Medical and sanitary report of the native army of Bengal for the year
Year: 1875
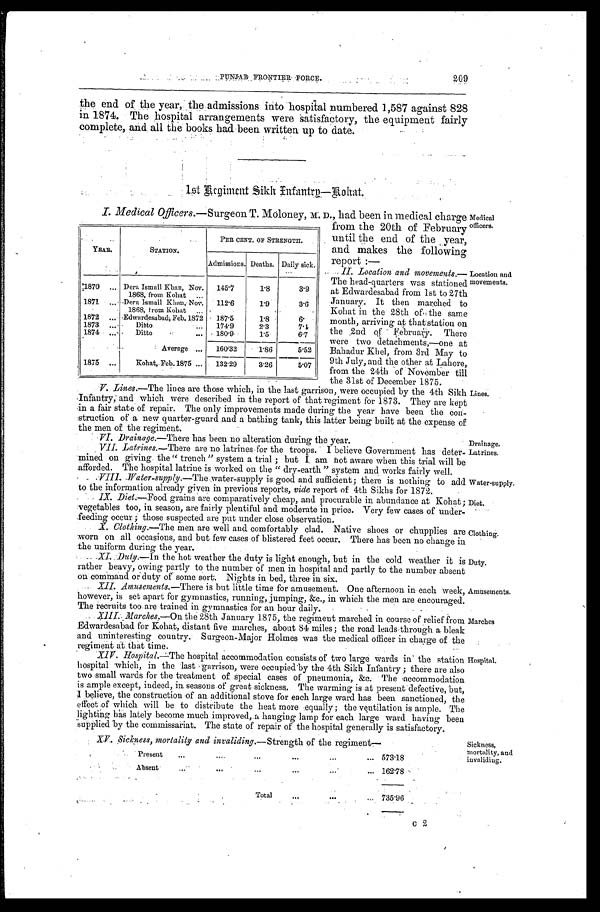
II. Location and movements.—
The head-quarters was stationed
at Edwardesabad from 1st to 27th
January. It then marched to
Kohat in the 28th of the same
month, arriving at that station on
the 2nd of February. There
were two detachments,—one at
Bahadur Khel, from 3rd May to
9th July, and the other at Lahore,
from the 24th of November till
t h e 3 1 s t o f D e c e m b e r 1 8 7 5 .
Location and
movements.
Drainage.
Latrines.
Water-supply.
Diet.
Clothing.
Duty.
Amusements.
PUNJAB FRONTIER FORCE. 209
the end of the year, the admissions into hospital numbered 1,587 against 828
in 1874. The hospital arrangements were satisfactory, the equipment fairly
complete, and all the books had been written up to date.
1st Regiment Sikh Infantry—Rohat.
I. Medical Officers.—Surgeon T. Moloney, M. D., had been in medical charge
from the 20th of February
until the end of the year,
and makes the following
report:—
Medical
officers.
YEAR.
STATION.
PER CENT. OF STRENGTH.
Admissions. Deaths. Daily sick.
1870
Dera Ismail Khan, Nov.
1868, from Kohat ... ...
145·7
1·8
3·9
1871
Dera Ismail Khan, Nov.
1868, from Kohat ...
112·6
1·9
3·6
1872
Edwardesabad, Feb. 1872 187·5
1·8
6·
1873
Ditto
174·9
2·3
7·4
1874
Ditto
180·9
1·5
6·7
Average
160·32
1·86
5·52
1875
Kohat, Feb.1875
132·29
3·26
5·07
V. Lines.—The lines are those which, in the last garrison, were occupied by the 4th Sikh
Infantry; and which were described in the report of that regiment for 1873. They are kept
in a fair state of repair. The only improvements made during the year have been the con-
-struction of a new quarter-guard and a bathing tank, this latter being built at the expense of the men of the regiment.
VI .Drainage.—There has been no alteration during the year.
VII. Latrines .—There are no latrines for the troops. I believe Government has deter
-mined on giving the "trench" system a trial; but I am not aware when this trial will be
afforded. The hospital latrine is worked on the "dry-earth" system and works fairly well.
VIII. W
ater-supply.—The water-supply is good and sufficient; there is nothing to add
to the information already given in previous reports, vide report of 4th Sikhs for 1872.
IX. Diet.—.Food grains are comparatively cheap, and procurable in abundance at Kohat;
vegetables too, in season, are fairly plentiful and moderate in price. Very few cases of under
feeding occur; those suspected are put under close observation.
Lines.
X. Clothing.—The men are well and comfortably clad. Native shoes or chupplies are
worn on all occasions, and but few cases of blistered feet occur. There has been no change in
the uniform during the year.
XI. Duty.—In the hot weather the duty is light enough, but in the cold weather it is
rather heavy, owing partly to the number of men in hospital and partly to the number absent on
command
or duty of some sort. Nights in bed, three in six.
XII. Amusements. —There is but little time for amusement. One afternoon in each Week,
however, is set apart for gymnastics, running, jumping, &c., in which the men are encouraged.
rThe recruits too are trained in gymnastics for an hour daily.
XIII. Marches.
—On the 28th January 1875, the regiment marched in course of relief from
Edwardesabad for Kohat, distant five marches, about 84 miles; the road leads through a bleak
and uninteresting country. Surgeon-Major Holmes was the medical officer in charge of the
regiment at that time.
Marches
X1V. Hospital. —The hospital accommodation consists of two large wards in the station
hospital which, in the last garrison, were occupied by the 4th Sikh Infantry; there are also
two small wards for the treatment of special cases of pneumonia, &c. The accommodation
is ample except, indeed, in seasons of great sickness. The warming is at present defective, but,
I believe, the construction of an additional stove for each large ward has been sanctioned, the
effect of which will be to distribute the heat more equally; the ventilation is ample. The
lighting, has lately become much improved, a hanging lamp for each large ward having been
supplied by the commissariat. The state of repair of the hospital generally is satisfactory.
Hospital.
XV. Sickness, mortality and invaliding.— Strength of the regiment—
Present
573·18
Absent
162·78
Total
735·96
Sickness,
mortality, and
invaliding.
c 2